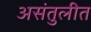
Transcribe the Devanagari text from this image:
असंतुलीत